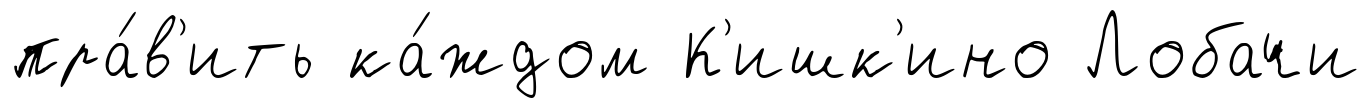
пра́в'ить ка́ждом К'ишк'ино Лобачи